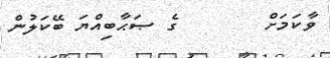
ވާކަމަށް       ގެ ޞަޙާބިއްޔަ ބޭކަލުން